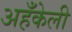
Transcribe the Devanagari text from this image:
अहँकेली